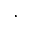
,